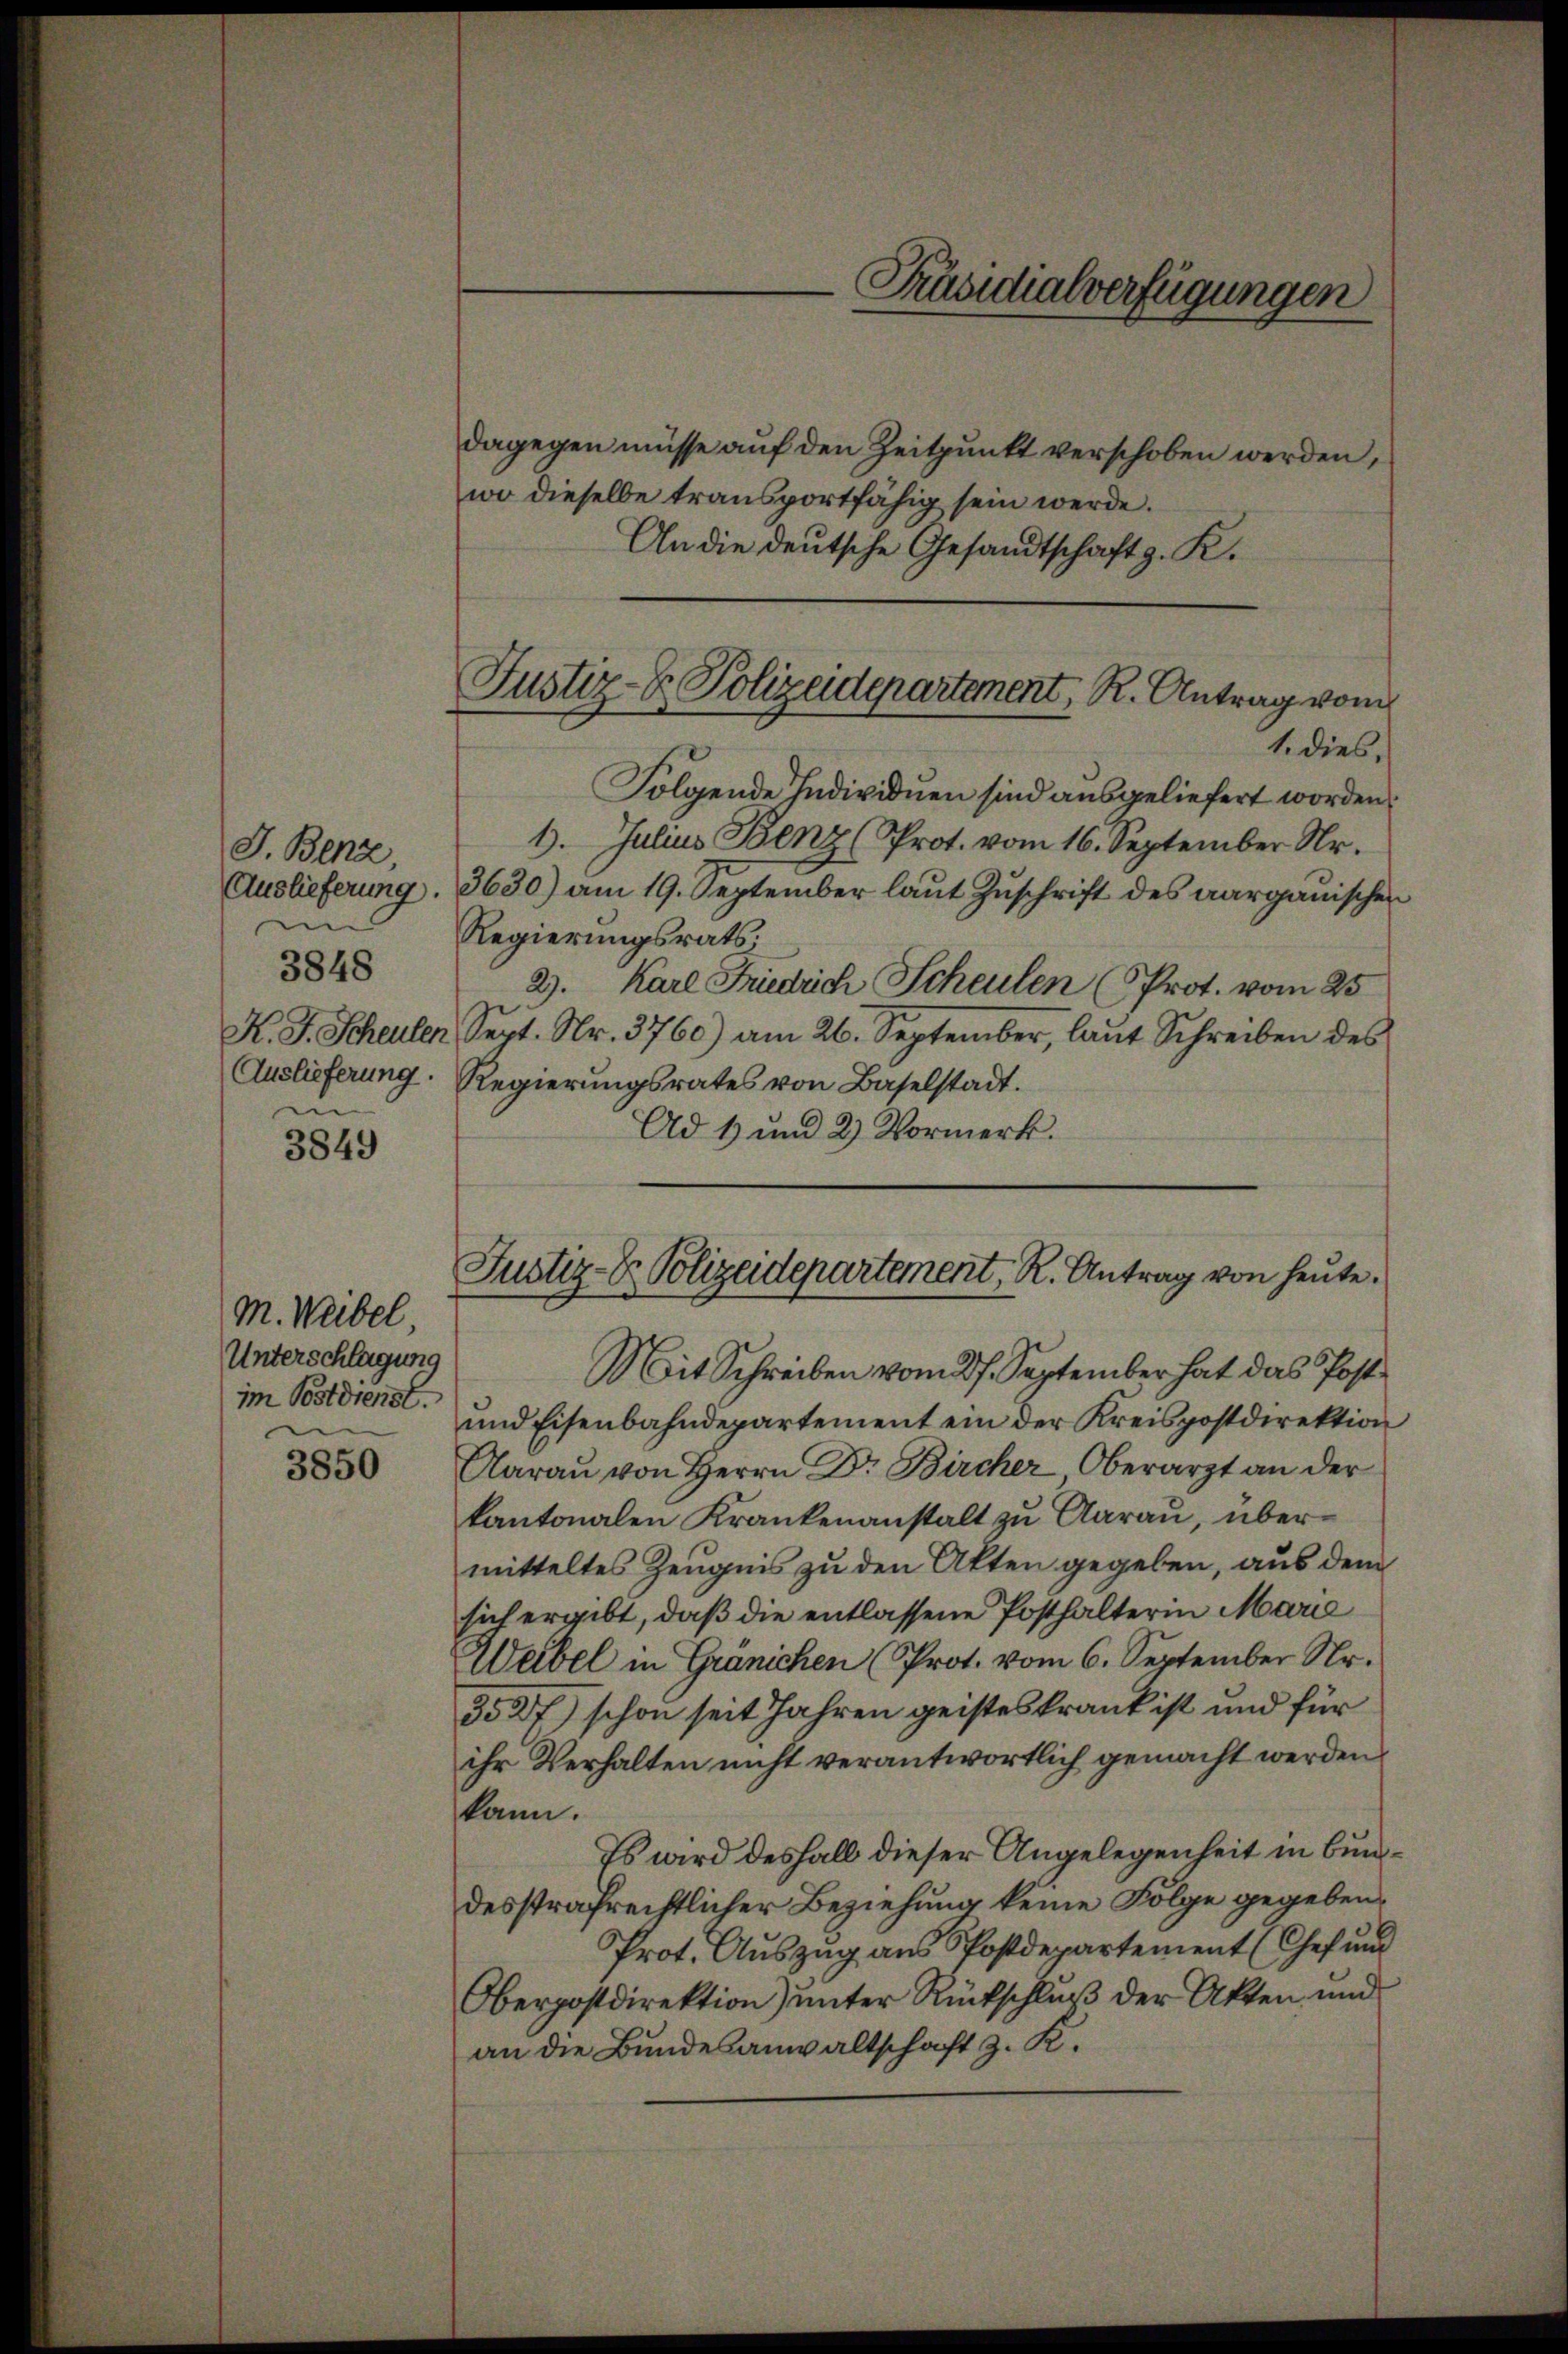
J. Benz
Auslieferung.
in
K. J. Scheulen
Auslieferung.
i

3848

3849

M. Weibel,
Unterschlagung
im Postdienst.

3850

dagegen müsse auf den Zeitpunkt verschoben werden,
wo dieselbe transportfähig sein werde.
An die deutsche Gesandtschaft z. K.

1. dies
Folgende Individuen sind ausgeliefert worden.
1. Julius Benz (Prot. vom 16. September Nr.
3630) am 19. September laut Zuschrift des aarganischen
Regierungsrats.
2). Karl Friedrich Scheulen (Prot. vom 25.
Sert. Nr. 3760) am 26. September, laŭt Schreiben des
Regierungsrates von Baselstadt.
Ad 1 und 2) Vormerk.

Präsidialverfügungen

Justiz- & Polizeidepartement, R. Antrag vom

Justiz- & Polizeidepartement, R. Antrag von heute.
Mit Schreiben vom 27. September hat das Post¬

und Eisenbahndepartement ein der Kreispostdirektion
Aarau von Herrn Dr. Bircher Oberarzt an der
kantonalen Krankenanstalt zu Aarau, übermitteltes Zeugnis zu den Akten gegeben, aus dem
sich ergibt, daß die entlassene Posthalterin Marie
Weibel in Gränichen (Prot. vom 6. September Nr.
5527) schon seit Jahren geisteskrank ist und für
ihr Verhalten nicht verantwortlich gemacht werden
kann.
Es wird deshalb dieser Angelegenheit in Bundesstrafrechtlicher Beziehung keine Folge gegeben,
Prot. Auszug aus Postdepartement (Chef und
Oberpostdirektion) unter Rückschluß der Akten und
an die Bundesanwaltschaft z. R.